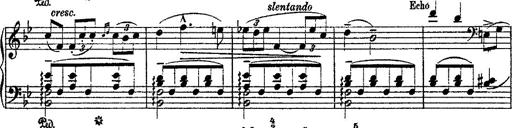
Title: Fantaisie romantique sur deux mÃ©lodies suisses
Composer: Franz Liszt